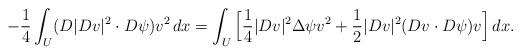
LaTeX: \begin{align*} -\frac14 \int_U (D|Dv|^2\cdot D\psi)v^2 \,dx &= \int_U \Big[\frac14|Dv|^2\Delta\psi v^2 + \frac12 |Dv|^2 (Dv\cdot D\psi) v\Big]\,dx.\end{align*}